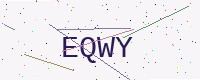
Text: EQWY